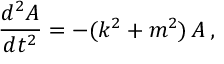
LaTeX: \frac { d ^ { 2 } A } { d t ^ { 2 } } = - ( k ^ { 2 } + m ^ { 2 } ) \, A \, ,